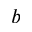
b